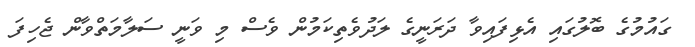
ގައުމުގެ ބޮލުގައި އެޅިފައިވާ ދަރަނީގެ ލަދުވެތިކަމުން ވެސް މި ވަނީ ސަލާމަތްވާން ޖެހިފަ